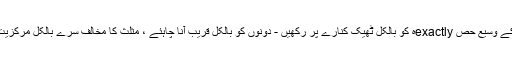
اپنے جیوڈرییک کے وسیع حص exactlyہ کو بالکل ٹھیک کنارے پر رکھیں - دونوں کو بالکل قریب آنا چاہئے ، مثلث کا مخالف سرے بالکل مرکزیت میں ہونا چاہئے۔